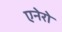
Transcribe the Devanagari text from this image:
एनेरो